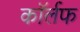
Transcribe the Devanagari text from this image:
कॉर्लफ